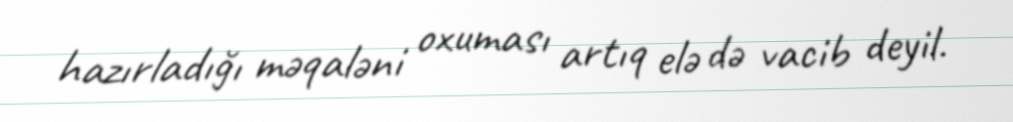
hazırladığı məqaləni oxuması artıq elə də vacib deyil.